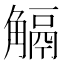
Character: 𧤜